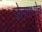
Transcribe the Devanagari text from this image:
जेलमध्येच